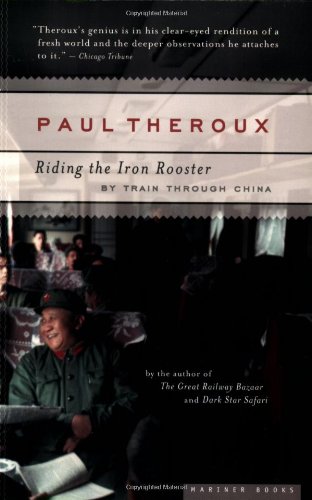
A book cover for Riding the Iron Rooster: By Train Through China; Paul Theroux; Travel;